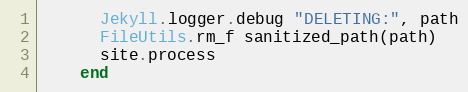
Language: Ruby
      Jekyll.logger.debug "DELETING:", path
      FileUtils.rm_f sanitized_path(path)
      site.process
    end